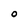
Character: O